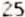
25